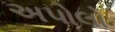
અપોલો